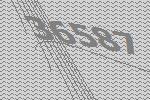
36587